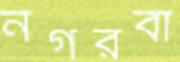
নগরবা